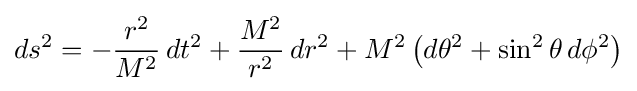
ds^{2}=-{\frac {r^{2}}{M^{2}}}\,dt^{2}+{\frac {M^{2}}{r^{2}}}\,dr^{2}+M^{2}\,{\big (}d\theta ^{2}+\sin ^{2}\theta \,d\phi ^{2}{\big )}